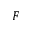
F